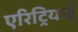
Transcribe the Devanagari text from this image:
एरिट्रियाई